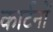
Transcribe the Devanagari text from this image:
कार्टनों